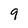
Character: 9